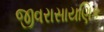
જીવરાસાયણિક